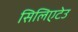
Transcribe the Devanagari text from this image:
सिलिएटेउ